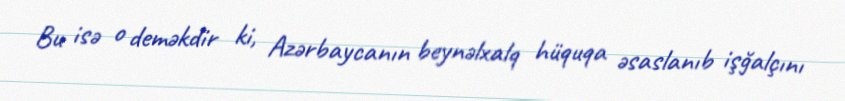
Bu isə o deməkdir ki, Azərbaycanın beynəlxalq hüquqa əsaslanıb işğalçını